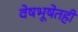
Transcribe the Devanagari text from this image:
वेषभूषेतही